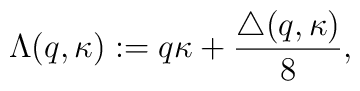
\Lambda (q,\kappa):=q\kappa +\frac{\triangle(q,\kappa)}{8},